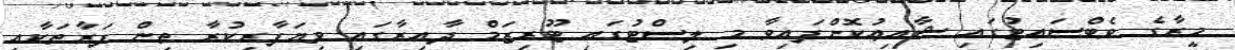
މީރާގެ ވެބްސައިޓުގައި ޝާއިޢުކޮށްފައިވާ މި ލިސްޓުގައި ޓޫރިޒަމް ދާއިރާގައި ވިޔަފާރިކުރާ ތިން ފަރާތަކާއި